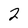
Character: 2